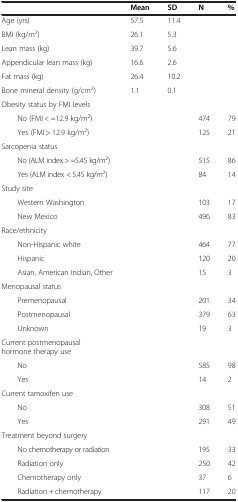
<table><thead><tr><td><b> </b></td><td><b>Mean</b></td><td><b>SD</b></td><td><b>N</b></td><td><b>%</b></td></tr></thead><tbody><tr><td>Age (yrs)</td><td>57.5</td><td>11.4</td><td> </td><td> </td></tr><tr><td>BMI (kg/m<sup>2</sup>)</td><td>26.1</td><td>5.3</td><td> </td><td> </td></tr><tr><td>Lean mass (kg)</td><td>39.7</td><td>5.6</td><td> </td><td> </td></tr><tr><td>Appendicular lean mass (kg)</td><td>16.6</td><td>2.6</td><td> </td><td> </td></tr><tr><td>Fat mass (kg)</td><td>26.4</td><td>10.2</td><td> </td><td> </td></tr><tr><td>Bone mineral density (g/cm<sup>2</sup>)</td><td>1.1</td><td>0.1</td><td> </td><td> </td></tr><tr><td>Obesity status by FMI levels</td><td> </td><td> </td><td> </td><td> </td></tr><tr><td>No (FMI &lt; =12.9 kg/m<sup>2</sup>)</td><td> </td><td> </td><td>474</td><td>79</td></tr><tr><td>Yes (FMI &gt; 12.9 kg/m<sup>2</sup>)</td><td> </td><td> </td><td>125</td><td>21</td></tr><tr><td>Sarcopenia status</td><td> </td><td> </td><td> </td><td> </td></tr><tr><td>No (ALM index &gt; =5.45 kg/m<sup>2</sup>)</td><td> </td><td> </td><td>515</td><td>86</td></tr><tr><td>Yes (ALM index &lt; 5.45 kg/m<sup>2</sup>)</td><td> </td><td> </td><td>84</td><td>14</td></tr><tr><td>Study site</td><td> </td><td> </td><td> </td><td> </td></tr><tr><td>Western Washington</td><td> </td><td> </td><td>103</td><td>17</td></tr><tr><td>New Mexico</td><td> </td><td> </td><td>496</td><td>83</td></tr><tr><td>Race/ethnicity</td><td> </td><td> </td><td> </td><td> </td></tr><tr><td>Non-Hispanic white</td><td> </td><td> </td><td>464</td><td>77</td></tr><tr><td>Hispanic</td><td> </td><td> </td><td>120</td><td>20</td></tr><tr><td>Asian, American Indian, Other</td><td> </td><td> </td><td>15</td><td>3</td></tr><tr><td>Menopausal status</td><td> </td><td> </td><td> </td><td> </td></tr><tr><td>Premenopausal</td><td> </td><td> </td><td>201</td><td>34</td></tr><tr><td>Postmenopausal</td><td> </td><td> </td><td>379</td><td>63</td></tr><tr><td>Unknown</td><td> </td><td> </td><td>19</td><td>3</td></tr><tr><td>Current postmenopausal hormone therapy use</td><td> </td><td> </td><td> </td><td> </td></tr><tr><td>No</td><td> </td><td> </td><td>585</td><td>98</td></tr><tr><td>Yes</td><td> </td><td> </td><td>14</td><td>2</td></tr><tr><td>Current tamoxifen use</td><td> </td><td> </td><td> </td><td> </td></tr><tr><td>No</td><td> </td><td> </td><td>308</td><td>51</td></tr><tr><td>Yes</td><td> </td><td> </td><td>291</td><td>49</td></tr><tr><td>Treatment beyond surgery</td><td> </td><td> </td><td> </td><td> </td></tr><tr><td>No chemotherapy or radiation</td><td> </td><td> </td><td>195</td><td>33</td></tr><tr><td>Radiation only</td><td> </td><td> </td><td>250</td><td>42</td></tr><tr><td>Chemotherapy only</td><td> </td><td> </td><td>37</td><td>6</td></tr><tr><td>Radiation + chemotherapy</td><td> </td><td> </td><td>117</td><td>20</td></tr></tbody></table>